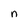
Character: n